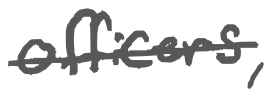
Text: officers,
Cross-out: single-line
Writing tool: digital_gray